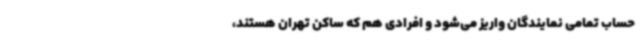
حساب تمامی نمایندگان واریز می‌شود و افرادی هم که ساکن تهران هستند،